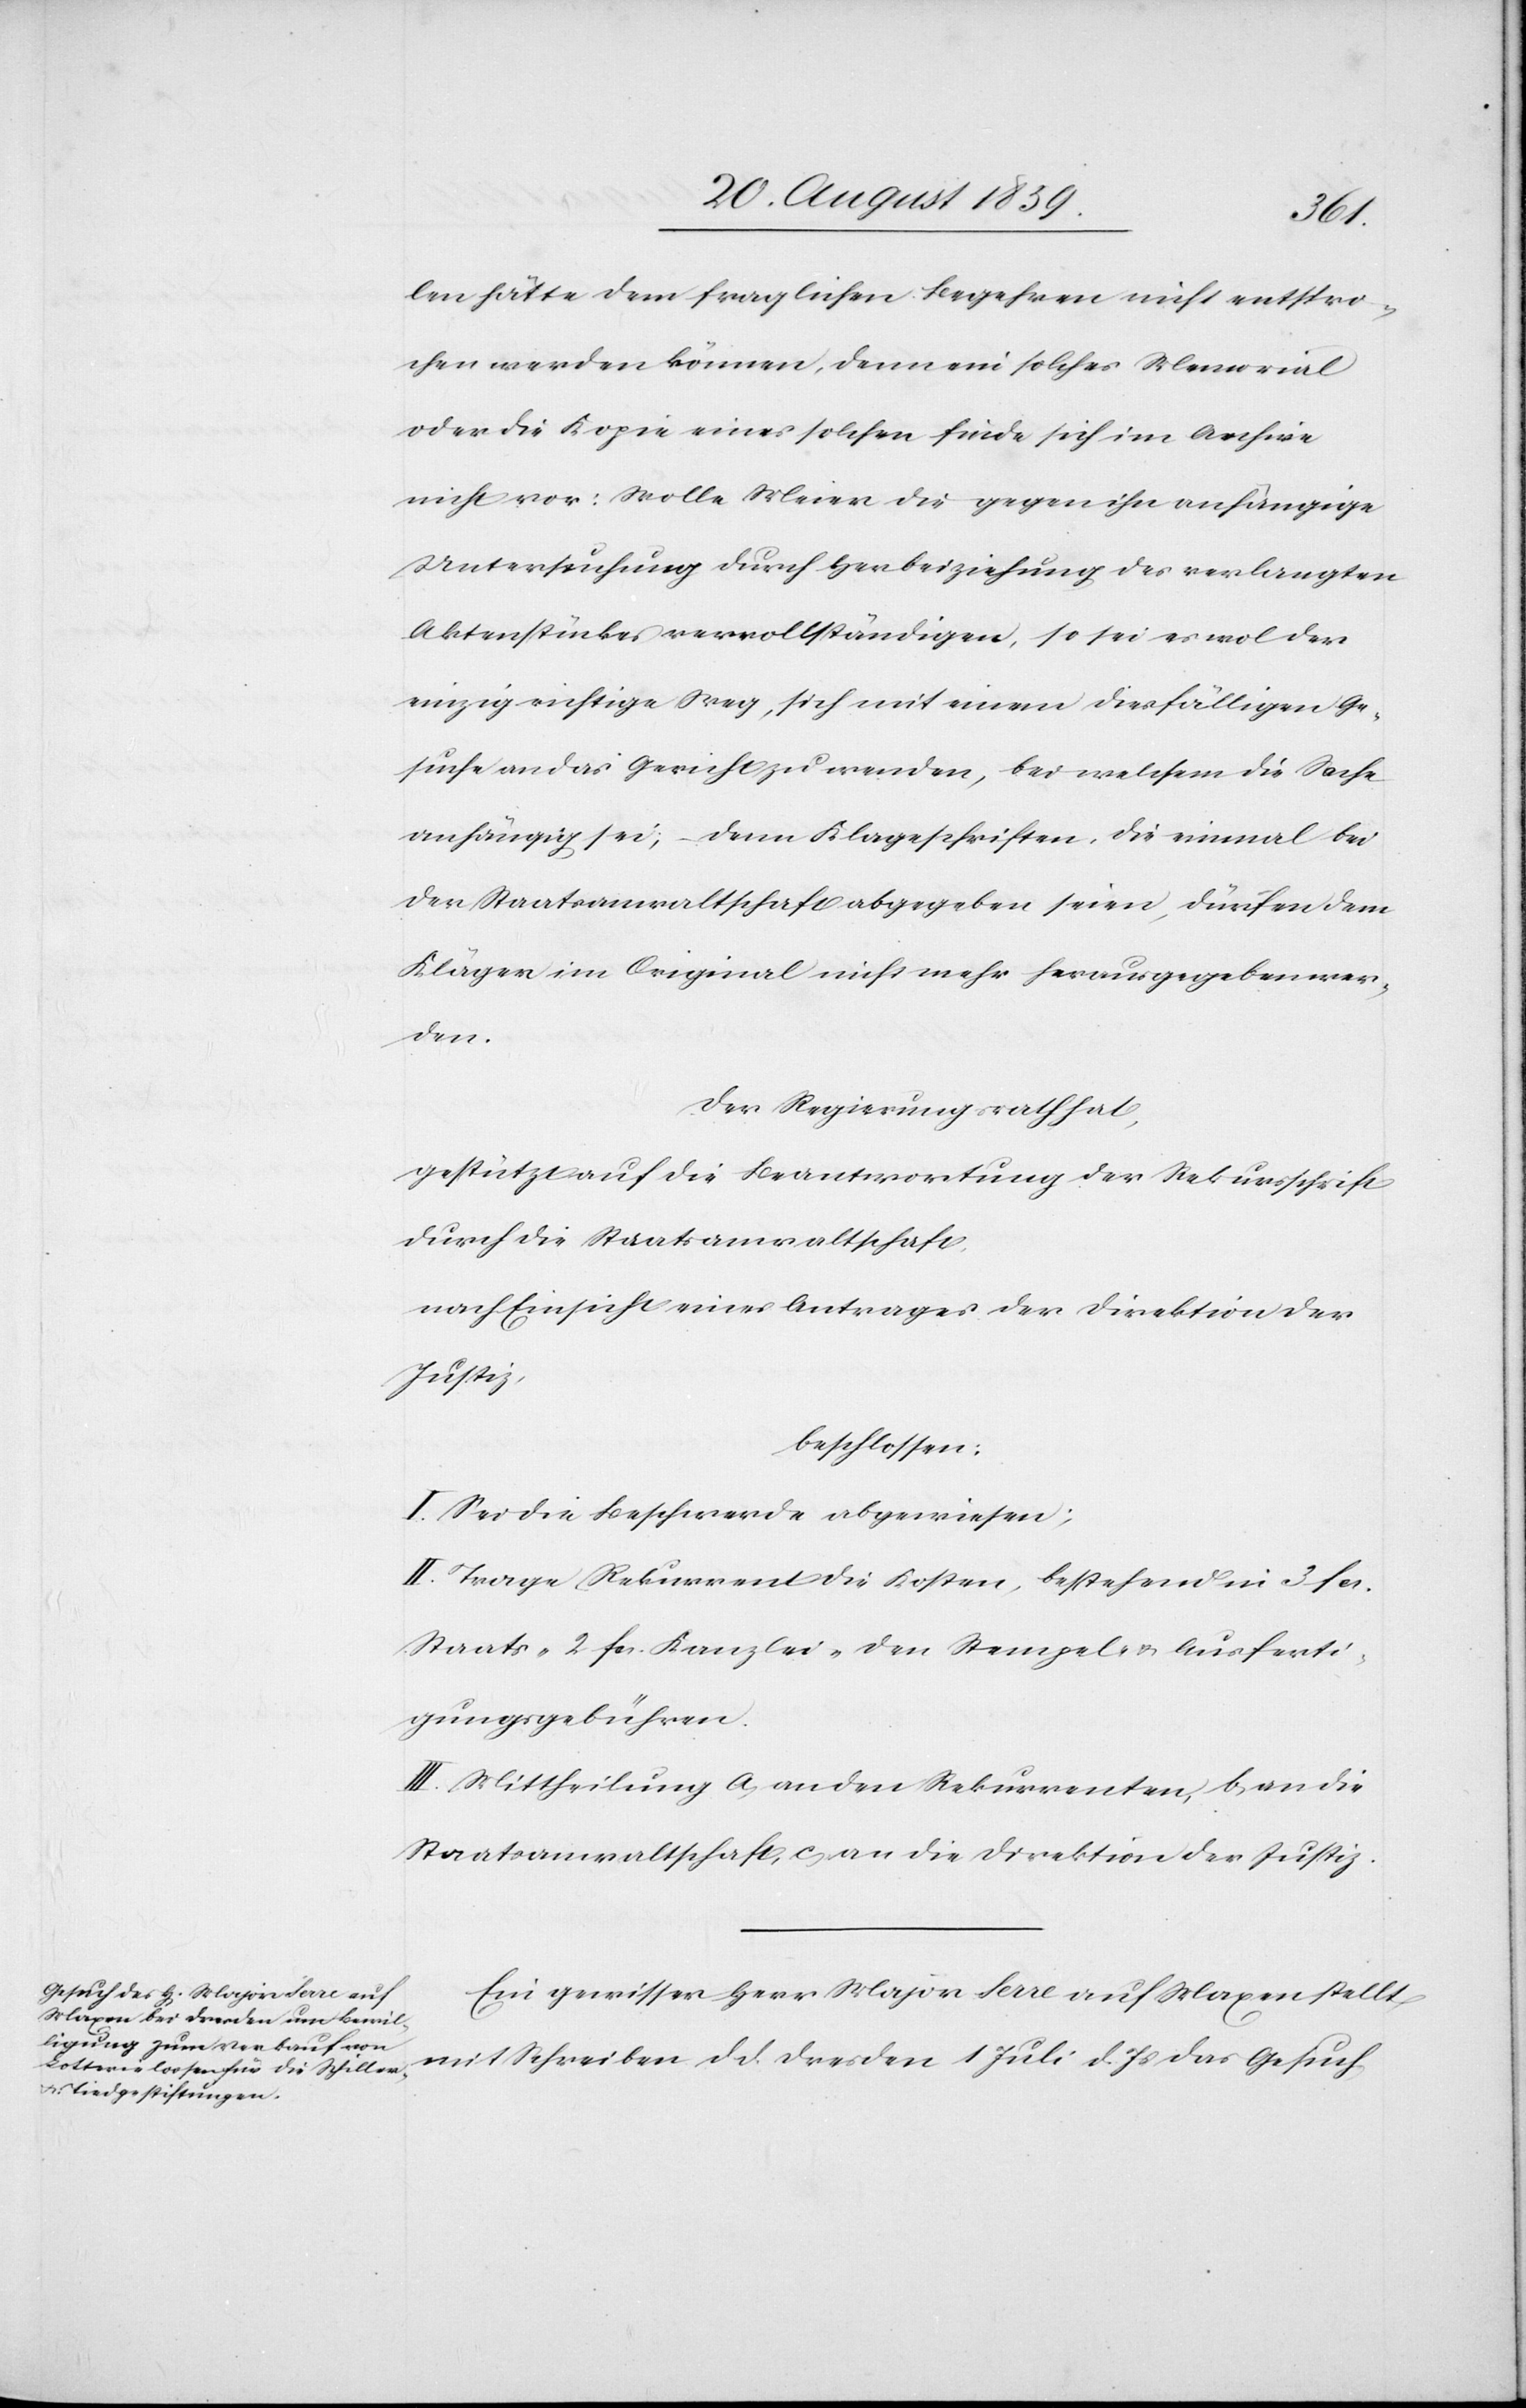
len hätte dem fraglichen Begehren nicht entspro¬
chen werden können, denn ein solches Memorial
oder die Kopie eines solchen finde sich im Archive
nicht vor: Wolle Meier die gegen ihn anhängige
Untersuchung durch Herbeiziehung des verlangten
Aktenstückes vervollständigen, so sei es wol der
einzig richtige Weg, sich mit einem diesfälligen Ge¬
suche an das Gericht zu wenden, bei welchem die Sache
anhängig sei; denn Klageschriften, die einmal bei
der Staatsanwaltschaft abgegeben seien, dürfen dem
Kläger im Original nicht mehr herausgegeben wer¬
den.
Der Regierungsrath hat,
gestützt auf die Beantwortung der Rekursschrift
durch die Staatsanwaltschaft
nach Einsicht eines Antrages der Direktion der
Justiz,
beschlossen:
I. Sei die Beschwerde abgewiesen;
II. Trage Rekurrent die Kosten, bestehend in 3 fcs.
Staats- 2. fcs. Kanzlei- den Stempel- & Ausferti¬
gungsgebühren.
III. Mittheilung a) an den Rekurrenten, b) an die
Staatsanwaltschaft, c) an die Direktion der Justiz.
Ein gewisser Herr Major Serre auf Maxen stellt
mit Schreiben d. d. Dresden 1 Juli d. Js. das Gesuch